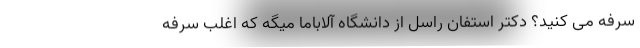
سرفه می کنید؟ دکتر استفان راسل از دانشگاه آلاباما میگه که اغلب سرفه